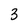
Character: 3